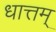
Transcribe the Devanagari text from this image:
धात्तम्‌